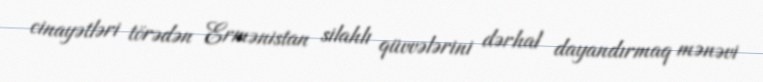
cinayətləri törədən Ermənistan silahlı qüvvələrini dərhal dayandırmaq mənəvi